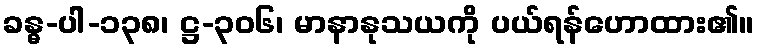
ခန္ဓ-ပါ-၁၃၈၊ ဋ္ဌ-၃၀၆၊ မာနာနုသယကို ပယ်ရန်ဟောထား၏။